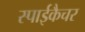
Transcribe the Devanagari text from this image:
स्पाईकैचर